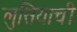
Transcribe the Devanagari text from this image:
लुसियाची